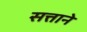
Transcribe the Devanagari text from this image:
सत्ताने